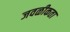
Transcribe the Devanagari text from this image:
जवळीकता